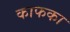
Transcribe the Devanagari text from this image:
काफका